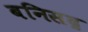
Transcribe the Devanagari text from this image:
बनिसद्र